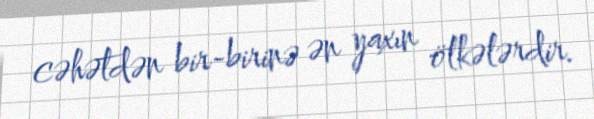
cəhətdən bir-birinə ən yaxın ölkələrdir.